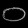
Digit: ၀